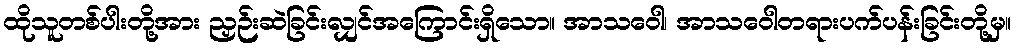
ထိုသူတစ်ပါးတို့အား ညှဉ်းဆဲခြင်းလျှင်အကြောင်းရှိသော။ အာသဝေါ၊ အာသဝေါတရားပက်ပန်းခြင်းတို့မှ။